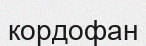
кордофан